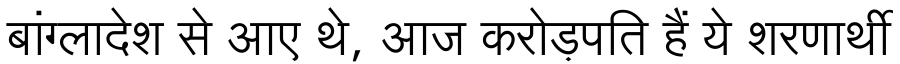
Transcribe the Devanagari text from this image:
बांग्लादेश से आए थे, आज करोड़पति हैं ये शरणार्थी